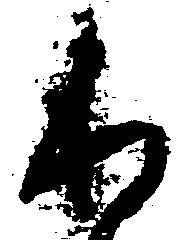
わ